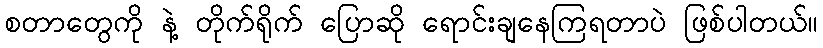
စတာတွေကို နဲ့ တိုက်ရိုက် ပြောဆို ရောင်းချနေကြရတာပဲ ဖြစ်ပါတယ်။